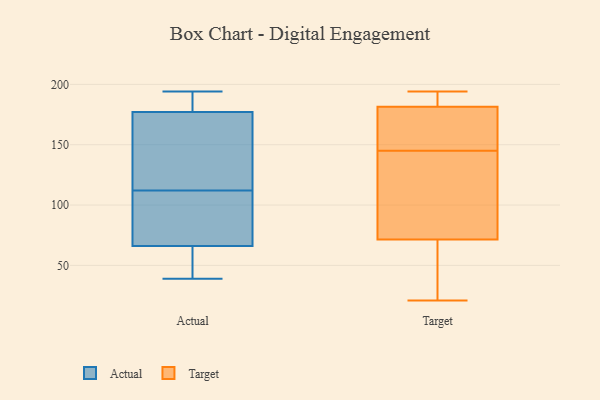
{"axis": {"x": "Headcount", "y": "Value"}, "legend": ["Actual", "Target"], "data": [{"x": "", "y": 80, "type": "Actual"}, {"x": "", "y": 39, "type": "Actual"}, {"x": "", "y": 42, "type": "Actual"}, {"x": "", "y": 114, "type": "Actual"}, {"x": "", "y": 194, "type": "Actual"}, {"x": "", "y": 127, "type": "Actual"}, {"x": "", "y": 177, "type": "Actual"}, {"x": "", "y": 66, "type": "Actual"}, {"x": "", "y": 110, "type": "Actual"}, {"x": "", "y": 192, "type": "Actual"}, {"x": "", "y": 67, "type": "Target"}, {"x": "", "y": 169, "type": "Target"}, {"x": "", "y": 58, "type": "Target"}, {"x": "", "y": 148, "type": "Target"}, {"x": "", "y": 36, "type": "Target"}, {"x": "", "y": 142, "type": "Target"}, {"x": "", "y": 190, "type": "Target"}, {"x": "", "y": 76, "type": "Target"}, {"x": "", "y": 193, "type": "Target"}, {"x": "", "y": 194, "type": "Target"}, {"x": "", "y": 21, "type": "Target"}, {"x": "", "y": 161, "type": "Target"}, {"x": "", "y": 191, "type": "Target"}, {"x": "", "y": 91, "type": "Target"}, {"x": "", "y": 98, "type": "Target"}, {"x": "", "y": 173, "type": "Target"}]}